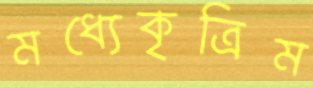
মধ্যেকৃত্রিম